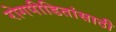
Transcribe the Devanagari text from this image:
रोगपीडितांसाठी